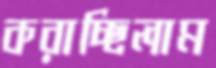
করাচ্ছিলাম